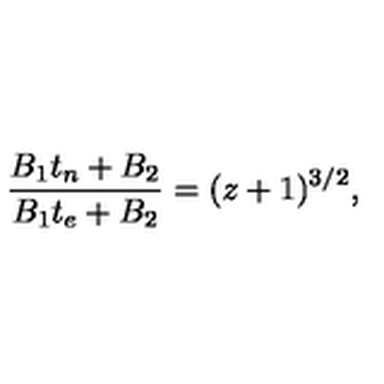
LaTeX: \frac { B _ { 1 } t _ { n } + B _ { 2 } } { B _ { 1 } t _ { e } + B _ { 2 } } = ( z + 1 ) ^ { 3 / 2 } ,